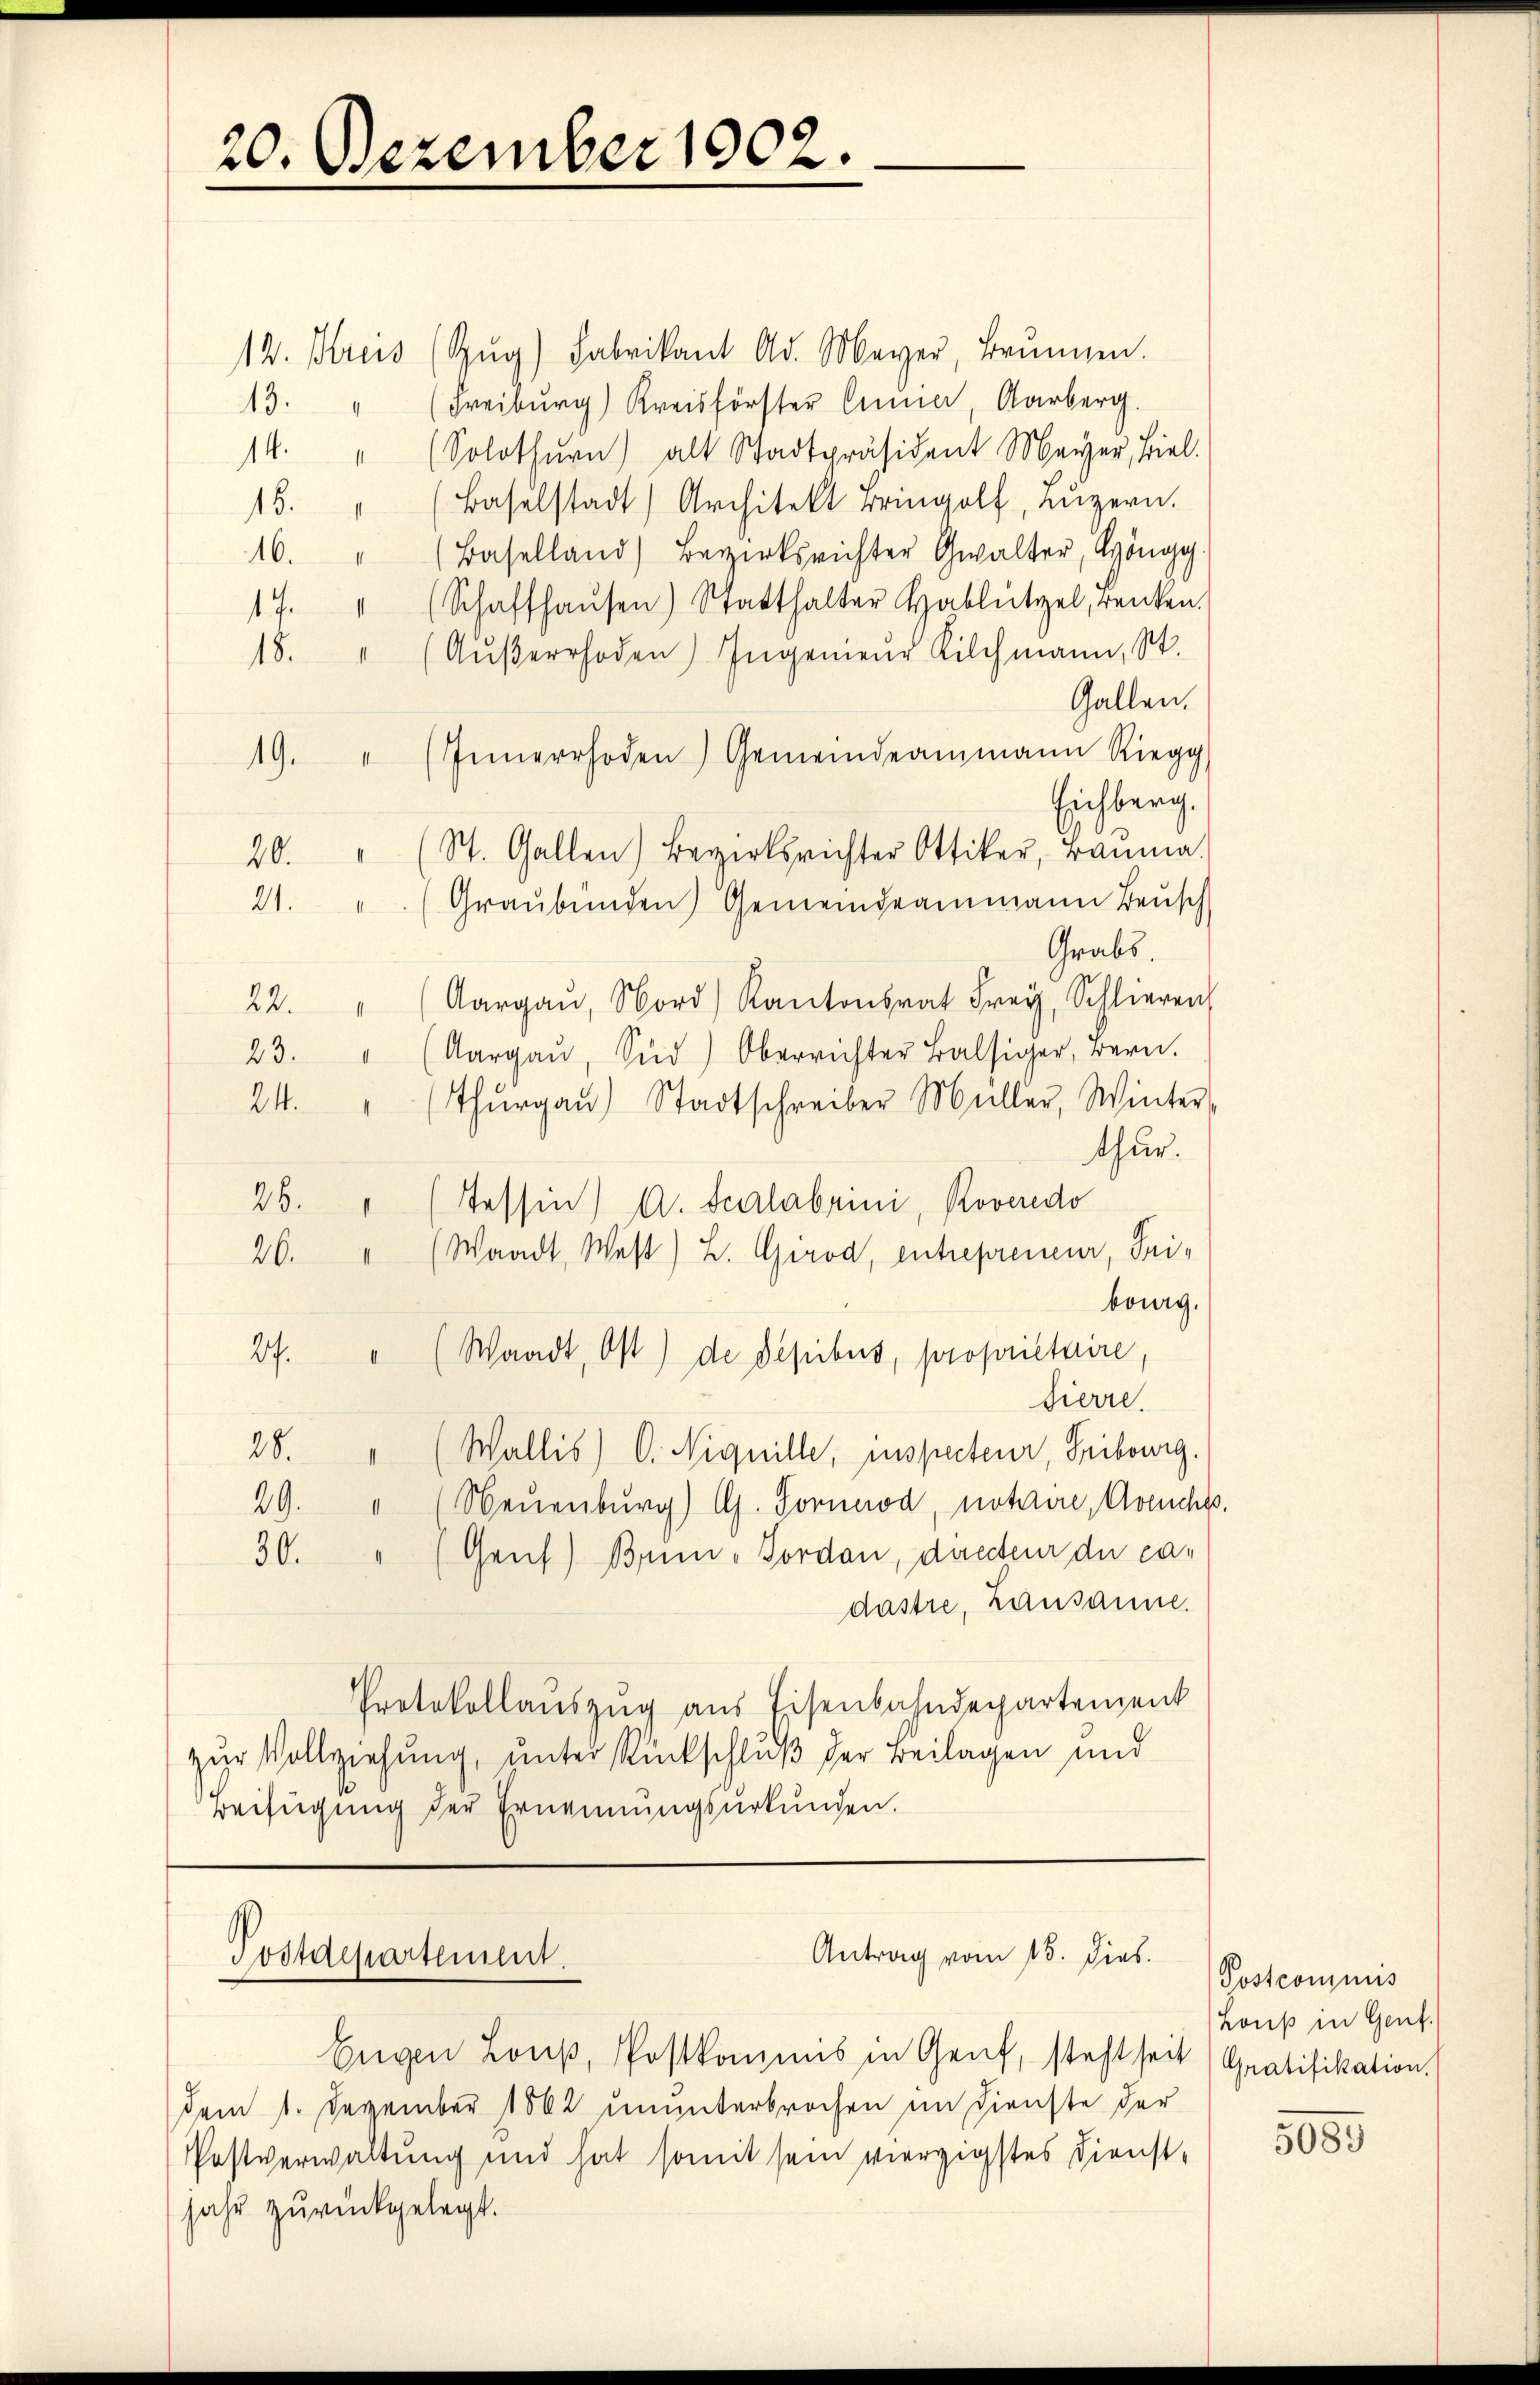
20. Dezember 1902.

12. Kreis (Zŭg) Fabrikant Ad. Mayer, Brŭnnen.
" (Freiburg) Kreisförster Annia, Aarberg.
13.
Solothurn) als Stadtpräsident Meyer, Biel.
14.
Baselstadt Architekt eringolf, Lŭzern.
18.
16. " (Baselland) Bezirksrichter Gwalter, Höngg.
17. " (Schaffhaŭsen) Statthalter Hablützel, renken.
18. " (Aŭβerrhoden) Ingenieŭr Kilchmann, St.
Gallen.
" Innerrhoden) Gemeindeammann Riegg
19.
Eichberg.
20. " (St. Gallen) Bezirksrichter Ottiker, Bauma
21. " (Graubünden Gemeindeammann Besch
Grabs
Aargaŭ, Nord) Kantonsrat Frey, Schlieren
22.
Aargaŭ, Süd) Oberrichter Balsiger, gern.
23.
24.
Thŭrgaŭ) Stadtschreiber Müller, Winter-
thur.
26.
Tessin) A. Scrlabrini, Roveredo
26. " (Waadt, West) L. Girva, entrepreneur, Pribourg.
27.
" (Waadt, Ost) de Depibus, proprietaire
Sierre.
28. " (Wallis) C. Niquille, inspecteur, Fribourg.
29. " (Neuenburg) G. Fornod, notaire, Avencha
30. " (Genf) Brun-Forden, daecteur du ca-
dastre, Lausanne.
Protokollauszug aus Eisenbahndepartement
zur Vollziehung, unter Rückschluß der Beilagen und
Beifügung der Ernennungsurkunden.

Antrag vom 15. Dies
Postdepartement.

Eugen Louβ, Postkommis in Genf, steht seit Gratifikation.
dem 1. Dezember 1862 ununterbrochen im Dienste der
Postverwaltung und hat somit sein vierzigstes Dienstjahr zurückgelegt.

Postcommis
Louß in Genf.

5085